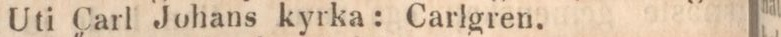
Uti Carl Johans kyrka: Carlgren.